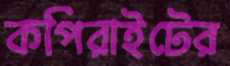
কপিরাইটের